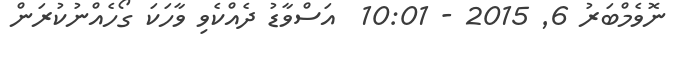
ނޮވެމްބަރު 6